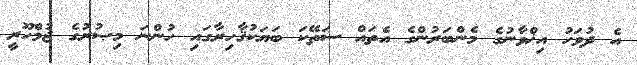
އެ ދުވަހު އިޚްވާނުގެ މެންބަރުންގެ އެތައް ސަތޭކަ ބަޔަކުޤާހިރާގައި ހުންނަ މިޞުރުގެ ޖުމްހޫރީ